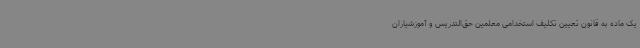
یک ماده به قانون تعیین تکلیف استخدامی معلمین حق‌التدریس و آموزشیاران